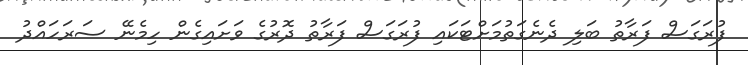
ފުރަގަސް ފަރާތު ބަލި ދެނެގަތުމަށްޓަކައި ފުރަގަސް ފަރާތު ދޮރުގެ ވަށައިގެން ހިމެނޭ ސަރަހައްދު